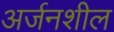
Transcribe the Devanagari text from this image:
अर्जनशील